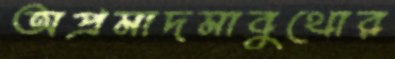
অপ্রমাদমাবুথোর